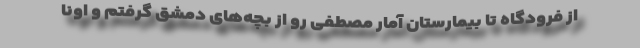
از فرودگاه تا بیمارستان آمار مصطفی رو از بچه‌های دمشق گرفتم و اونا